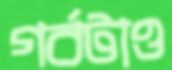
গর্বটাও